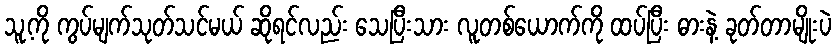
သူ့ကို ကွပ်မျက်သုတ်သင်မယ် ဆိုရင်လည်း သေပြီးသား လူတစ်ယောက်ကို ထပ်ပြီး ဓားနဲ့ ခုတ်တာမျိုးပဲ